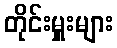
တိုင်းမှူးများ